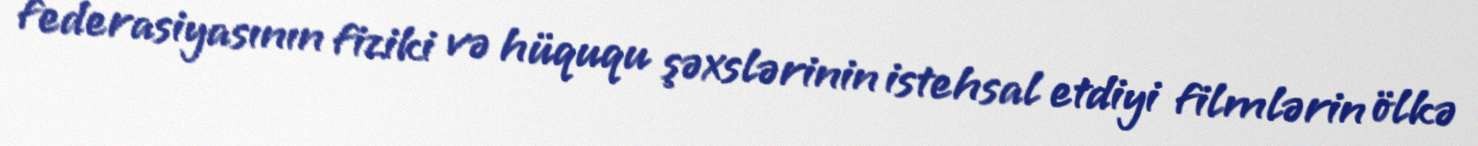
federasiyasının fiziki və hüququ şəxslərinin istehsal etdiyi filmlərin ölkə